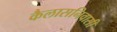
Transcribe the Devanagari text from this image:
कैलासनिवासी